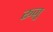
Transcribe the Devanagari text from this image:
रूज़ु